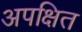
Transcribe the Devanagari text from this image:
अपक्षित